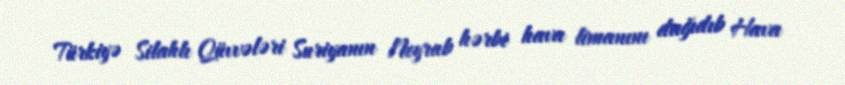
Türkiyə Silahlı Qüvvələri Suriyanın Neyrab hərbi hava limanını dağıdıb Hava